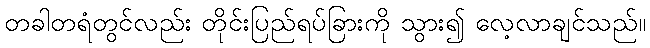
တခါတရံတွင်လည်း တိုင်းပြည်ရပ်ခြားကို သွား၍ လေ့လာချင်သည်။